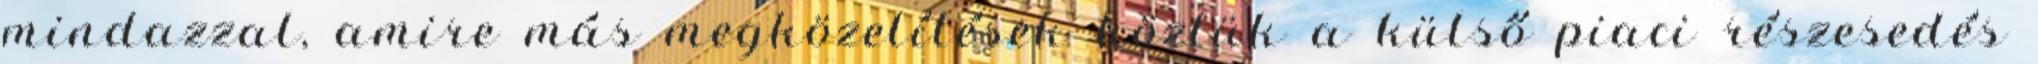
mindazzal, amire más megközelítések köztük a külső piaci részesedés